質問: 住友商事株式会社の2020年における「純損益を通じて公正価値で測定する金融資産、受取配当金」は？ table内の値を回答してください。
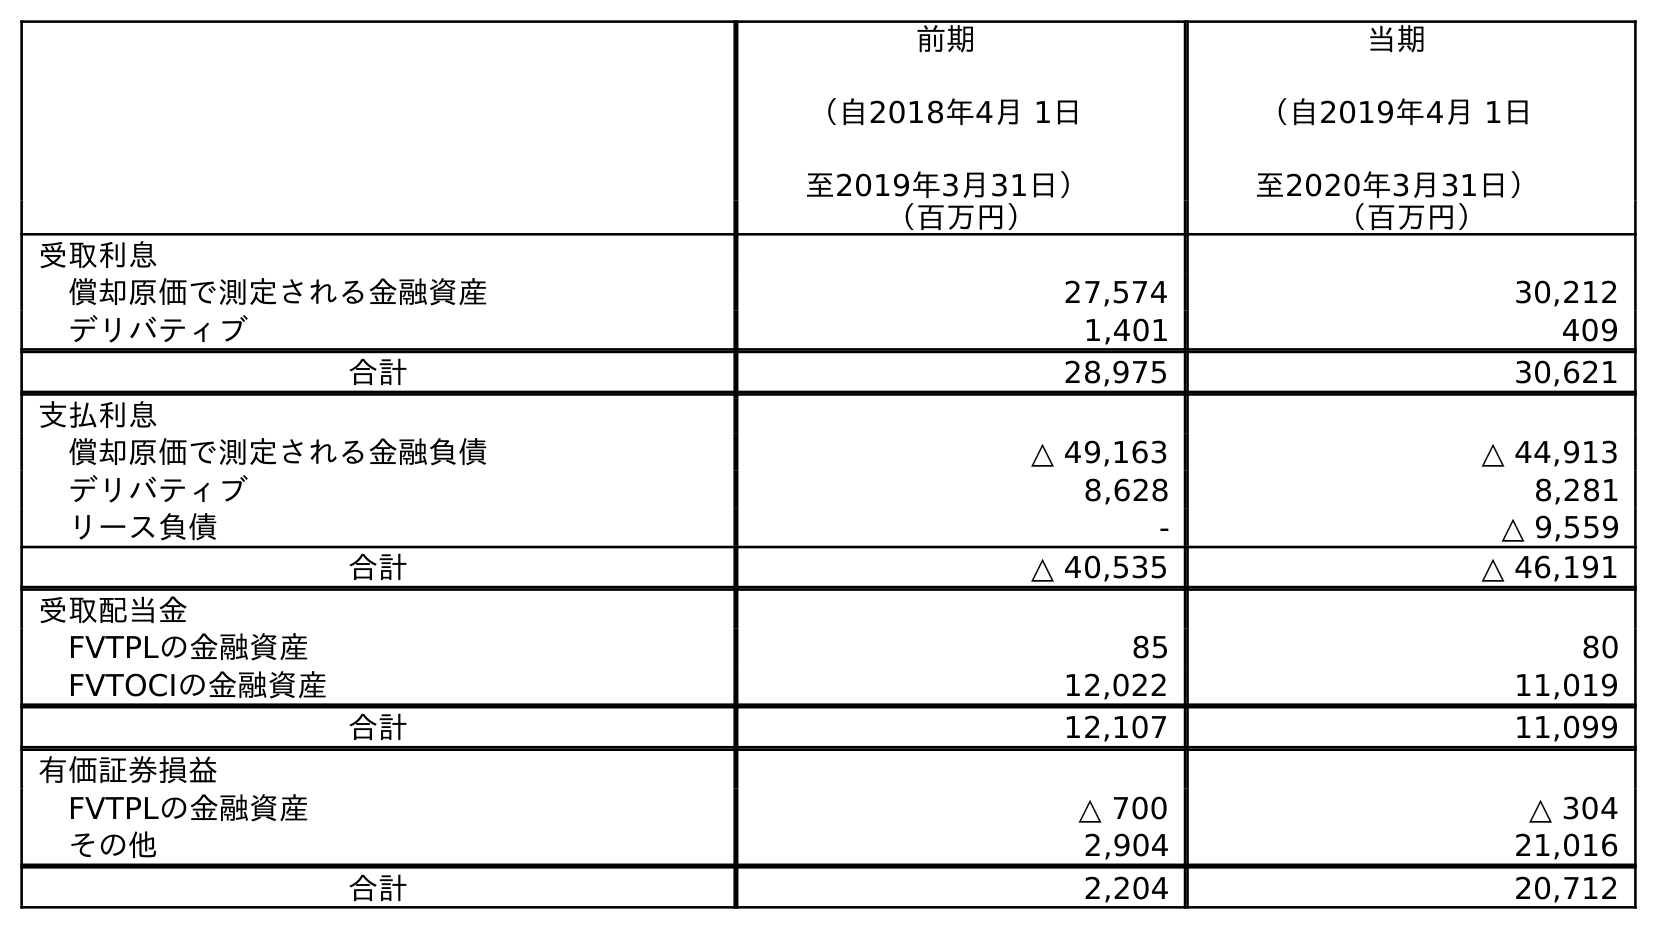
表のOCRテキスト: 前期 （自2018年4月 1日 至2019年3月31日） 当期 （自2019年4月 1日 至2020年3月31日） （百万円） （百万円） 受取利息 償却原価で測定される金融資産 27,574 30,212 デリバティブ 1,401 409 合計 28,975 30,621 支払利息 償却原価で測定される金融負債 △ 49,163 △ 44,913 デリバティブ 8,628 8,281 リース負債 - △ 9,559 合計 △ 40,535 △ 46,191 受取配当金 FVTPLの金融資産 85 80 FVTOCIの金融資産 12,022 11,019 合計 12,107 11,099 有価証券損益 FVTPLの金融資産 △ 700 △ 304 その他 2,904 21,016 合計 2,204 20,712
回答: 80